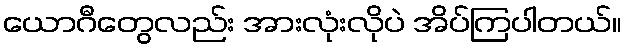
ယောဂီတွေလည်း အားလုံးလိုပဲ အိပ်ကြပါတယ်။